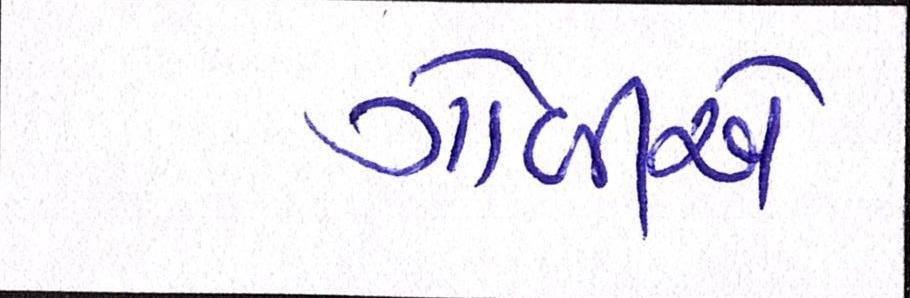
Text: ગોળીએ